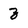
Character: z